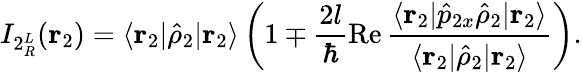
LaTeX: I_{2{^L_{R}}}(\mathbf{r}_{2})=\langle\mathbf{r}_{2}|\hat{\rho}_{2}|\mathbf{r}_{2}\rangle\left(1\mp\frac{2l}{\hbar}\operatorname{Re}\frac{\langle\mathbf{r}_{2}|\hat{p}_{2x}\hat{\rho}_{2}|\mathbf{r}_{2}\rangle}{\langle\mathbf{r}_{2}|\hat{\rho}_{2}|\mathbf{r}_{2}\rangle}\right).